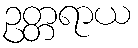
ဥတ္တရာယ